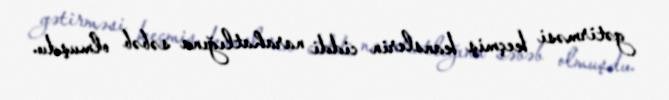
gətirməsi keçmiş kanslerin ciddi narahatlığına səbəb olmuşdu.